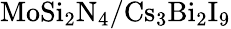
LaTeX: \mathrm{MoSi_{2}N_{4}/Cs_{3}Bi_{2}I_{9}}